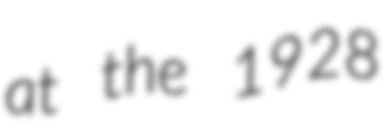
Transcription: at the 1928